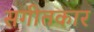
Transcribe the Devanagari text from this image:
सगीतकार